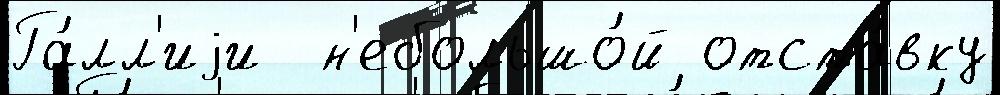
Га́лл'иjи  н'ебольшо́й отста́вку